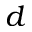
d